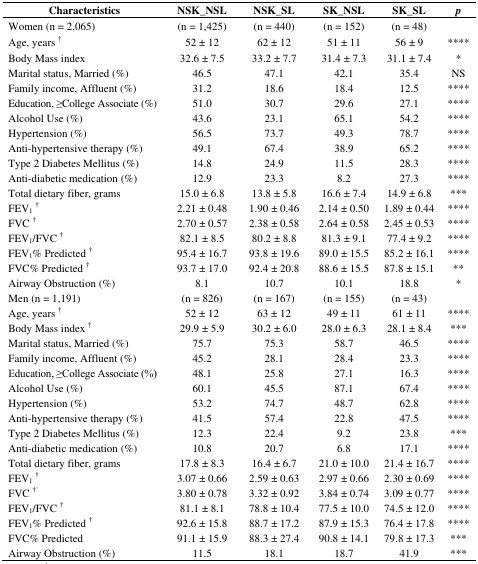
<table><thead><tr><td><b>Characteristics</b></td><td><b>NSK_NSL</b></td><td><b>NSK_SL</b></td><td><b>SK_NSL</b></td><td><b>SK_SL</b></td><td><b><i>p</i></b></td></tr></thead><tbody><tr><td>Women (n = 2,065)</td><td>(n = 1,425)</td><td>(n = 440)</td><td>(n = 152)</td><td>(n = 48)</td><td></td></tr><tr><td>Age, years <sup>†</sup></td><td>52 ± 12</td><td>62 ± 12</td><td>51 ± 11</td><td>56 ± 9</td><td>****</td></tr><tr><td>Body Mass index</td><td>32.6 ± 7.5</td><td>33.2 ± 7.7</td><td>31.4 ± 7.3</td><td>31.1 ± 7.4</td><td>*</td></tr><tr><td>Marital status, Married (%) </td><td>46.5</td><td>47.1</td><td>42.1</td><td>35.4</td><td>NS</td></tr><tr><td>Family income, Affluent (%)</td><td>31.2</td><td>18.6</td><td>18.4</td><td>12.5</td><td>****</td></tr><tr><td>Education, ≥College Associate (%)</td><td>51.0</td><td>30.7</td><td>29.6</td><td>27.1</td><td>****</td></tr><tr><td>Alcohol Use (%)</td><td>43.6</td><td>23.1</td><td>65.1</td><td>54.2</td><td>****</td></tr><tr><td>Hypertension (%)</td><td>56.5</td><td>73.7</td><td>49.3</td><td>78.7</td><td>****</td></tr><tr><td>Anti-hypertensive therapy (%)</td><td>49.1</td><td>67.4</td><td>38.9</td><td>65.2</td><td>****</td></tr><tr><td>Type 2 Diabetes Mellitus (%)</td><td>14.8</td><td>24.9</td><td>11.5</td><td>28.3</td><td>****</td></tr><tr><td>Anti-diabetic medication (%)</td><td>12.9</td><td>23.3</td><td>8.2</td><td>27.3</td><td>****</td></tr><tr><td>Total dietary fiber, grams</td><td>15.0 ± 6.8</td><td>13.8 ± 5.8</td><td>16.6 ± 7.4</td><td>14.9 ± 6.8</td><td>***</td></tr><tr><td>FEV<sub>1</sub><sup>†</sup></td><td>2.21 ± 0.48</td><td>1.90 ± 0.46</td><td>2.14 ± 0.50</td><td>1.89 ± 0.44</td><td>****</td></tr><tr><td>FVC <sup>†</sup></td><td>2.70 ± 0.57</td><td>2.38 ± 0.58</td><td>2.64 ± 0.58</td><td>2.45 ± 0.53</td><td>****</td></tr><tr><td>FEV<sub>1</sub>/FVC <sup>†</sup></td><td>82.1 ± 8.5</td><td>80.2 ± 8.8</td><td>81.3 ± 9.1</td><td>77.4 ± 9.2</td><td>****</td></tr><tr><td>FEV<sub>1</sub>% Predicted <sup>†</sup></td><td>95.4 ± 16.7</td><td>93.8 ± 19.6</td><td>89.0 ± 15.5</td><td>85.2 ± 16.1</td><td>****</td></tr><tr><td>FVC% Predicted <sup>†</sup></td><td>93.7 ± 17.0</td><td>92.4 ± 20.8</td><td>88.6 ± 15.5</td><td>87.8 ± 15.1</td><td>**</td></tr><tr><td>Airway Obstruction (%)</td><td>8.1</td><td>10.7</td><td>10.1</td><td>18.8</td><td>*</td></tr><tr><td>Men (n = 1,191)</td><td>(n = 826)</td><td>(n = 167)</td><td>(n = 155)</td><td>(n = 43)</td><td></td></tr><tr><td>Age, years <sup>†</sup></td><td>52 ± 12</td><td>63 ± 12</td><td>49 ± 11</td><td>61 ± 11</td><td>****</td></tr><tr><td>Body Mass index <sup>†</sup></td><td>29.9 ± 5.9</td><td>30.2 ± 6.0</td><td>28.0 ± 6.3</td><td>28.1 ± 8.4</td><td>***</td></tr><tr><td>Marital status, Married (%) </td><td>75.7</td><td>75.3</td><td>58.7</td><td>46.5</td><td>****</td></tr><tr><td>Family income, Affluent (%)</td><td>45.2</td><td>28.1</td><td>28.4</td><td>23.3</td><td>****</td></tr><tr><td>Education, ≥College Associate (%)</td><td>48.1</td><td>25.8</td><td>27.1</td><td>16.3</td><td>****</td></tr><tr><td>Alcohol Use (%)</td><td>60.1</td><td>45.5</td><td>87.1</td><td>67.4</td><td>****</td></tr><tr><td>Hypertension (%)</td><td>53.2</td><td>74.7</td><td>48.7</td><td>62.8</td><td>****</td></tr><tr><td>Anti-hypertensive therapy (%)</td><td>41.5</td><td>57.4</td><td>22.8</td><td>47.5</td><td>****</td></tr><tr><td>Type 2 Diabetes Mellitus (%)</td><td>12.3</td><td>22.4</td><td>9.2</td><td>23.8</td><td>***</td></tr><tr><td>Anti-diabetic medication (%)</td><td>10.8</td><td>20.7</td><td>6.8</td><td>17.1</td><td>****</td></tr><tr><td>Total dietary fiber, grams</td><td>17.8 ± 8.3</td><td>16.4 ± 6.7</td><td>21.0 ± 10.0</td><td>21.4 ± 16.7</td><td>****</td></tr><tr><td>FEV<sub>1</sub><sup>†</sup></td><td>3.07 ± 0.66</td><td>2.59 ± 0.63</td><td>2.97 ± 0.66</td><td>2.30 ± 0.69</td><td>****</td></tr><tr><td>FVC <sup>†`</sup></td><td>3.80 ± 0.78</td><td>3.32 ± 0.92</td><td>3.84 ± 0.74</td><td>3.09 ± 0.77</td><td>****</td></tr><tr><td>FEV<sub>1</sub>/FVC <sup>†</sup></td><td>81.1 ± 8.1</td><td>78.8 ± 10.4</td><td>77.5 ± 10.0</td><td>74.5 ± 12.0</td><td>****</td></tr><tr><td>FEV<sub>1</sub>% Predicted <sup>†</sup></td><td>92.6 ± 15.8</td><td>88.7 ± 17.2</td><td>87.9 ± 15.3</td><td>76.4 ± 17.8</td><td>****</td></tr><tr><td>FVC% Predicted </td><td>91.1 ± 15.9</td><td>88.3 ± 27.4</td><td>90.8 ± 14.1</td><td>79.8 ± 17.3</td><td>***</td></tr><tr><td>Airway Obstruction (%)</td><td>11.5</td><td>18.1</td><td>18.7</td><td>41.9</td><td>***</td></tr></tbody></table>